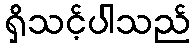
ရှိသင့်ပါသည်